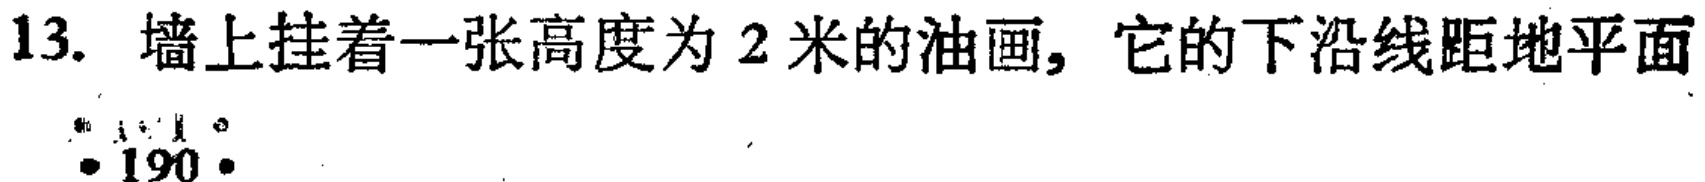
13. 墙上挂着一张高度为 2 米的油画, 它的下沿线距地平面
\cdot 190\cdot